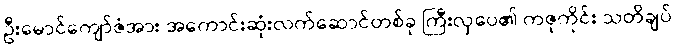
ဦးမောင်ကျော်ဇံအား အကောင်းဆုံးလက်ဆောင်တစ်ခု ကြီးလှပေ၏ ကဇုကိုင်း သတိချပ်